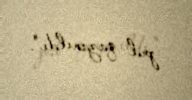
pul qazanıldı".